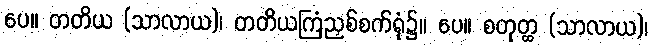
ပေ။ တတိယ (သာလာယ)၊ တတိယကြံညှစ်စက်ရုံ၌။ ပေ။ စတုတ္ထ (သာလာယ)၊